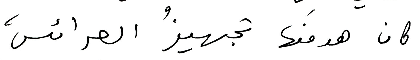
كان هدفَها تجهيزُ العرائس،